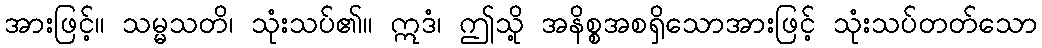
အားဖြင့်။ သမ္မသတိ၊ သုံးသပ်၏။ ဣဒံ၊ ဤသို့ အနိစ္စအစရှိသောအားဖြင့် သုံးသပ်တတ်သော